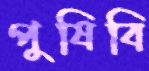
পুষিবি